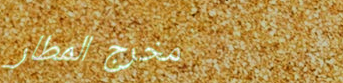
مخرج المطار